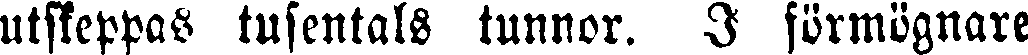
utskeppas tusentals tunnor. I förmögnare